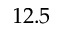
1 2 . 5